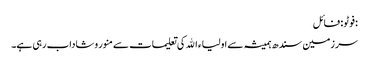
:فوٹو : فائل
سرزمین سندھ ہمیشہ سے اولیاء اﷲ کی تعلیمات سے منور وشاداب رہی ہے۔